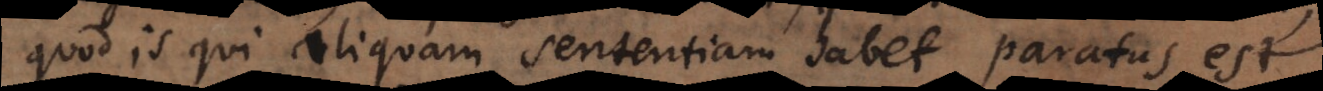
quod is qui aliquam sententiam habet paratus est